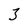
Character: 3